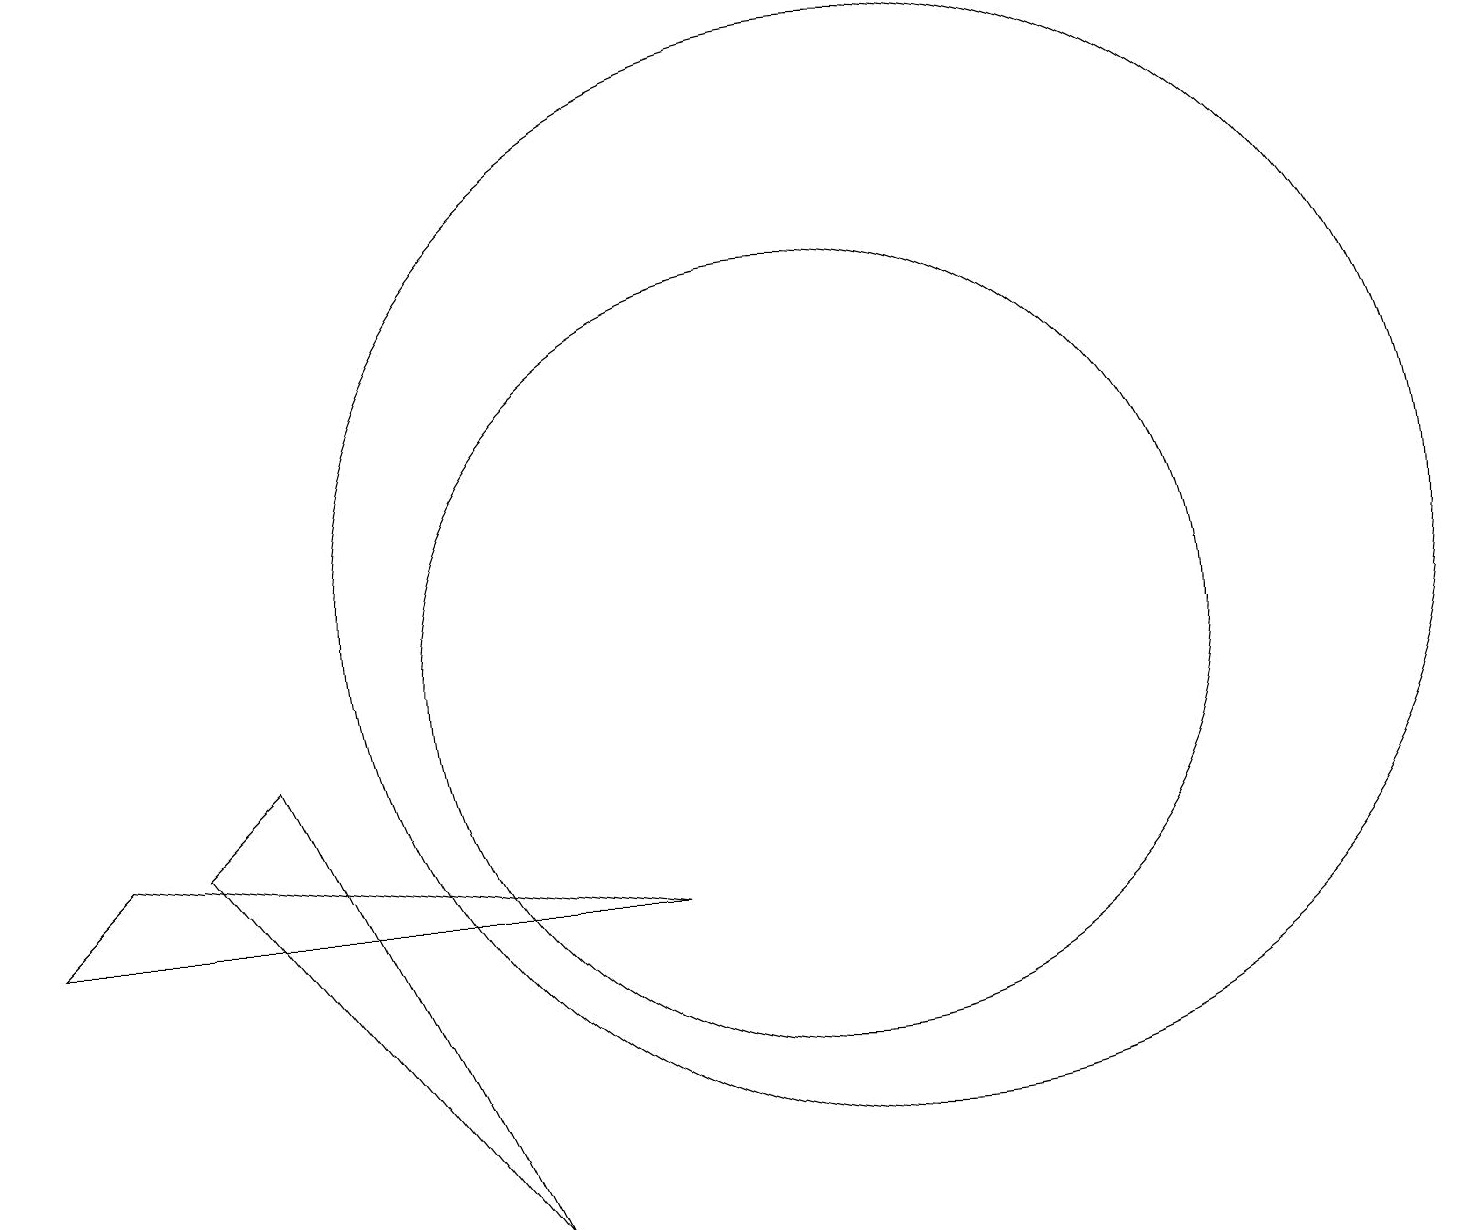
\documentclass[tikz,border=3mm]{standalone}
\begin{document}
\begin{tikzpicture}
\draw (7,3) -- (4,9) -- (3,8) -- cycle;
\draw (11,10) circle (5);
\draw (1,7) -- (2,8) -- (9,7) -- cycle;
\draw (12,11) circle (7);
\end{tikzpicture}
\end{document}